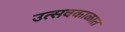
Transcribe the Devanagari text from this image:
उत्सवकाळात